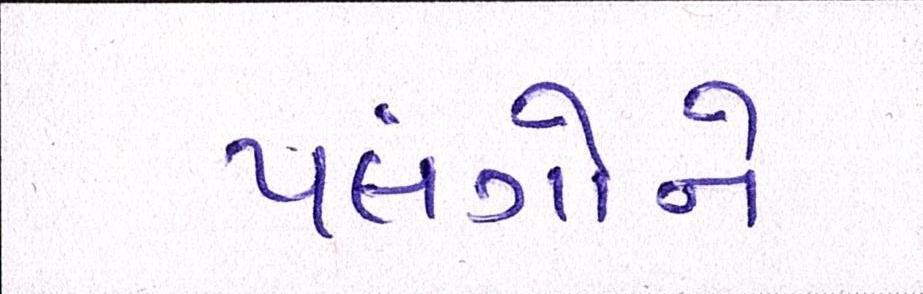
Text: પલંગોને